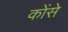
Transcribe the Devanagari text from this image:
कोंसे